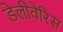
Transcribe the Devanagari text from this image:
डेलीवेरिस